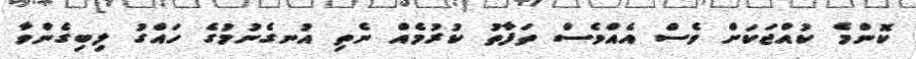
ކޮންމެ ކުއްޖަކަށް ވެސް އެއްވެސް ތަފާތު ކުރުމެއް ނެތި އުނގެނުމުގެ ހައްގު ލިބިގެންވާ